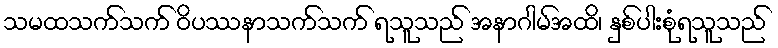
သမထသက်သက် ဝိပဿနာသက်သက် ရသူသည် အနာဂါမ်အထိ၊ နှစ်ပါးစုံရသူသည်